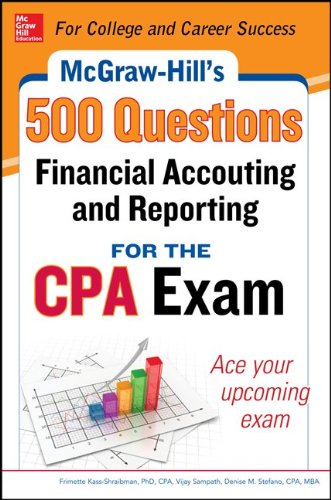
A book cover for McGraw-Hill Education 500 Financial Accounting and Reporting Questions for the CPA Exam (McGraw-Hill's 500 Questions); Frimette Kass-Shraibman; Test Preparation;